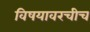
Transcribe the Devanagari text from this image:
विषयावरचीच